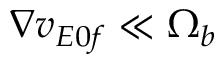
\nabla v _ { E 0 f } \ll \Omega _ { b }